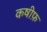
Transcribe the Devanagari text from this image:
कषीफ़